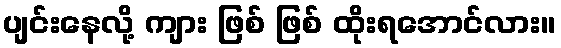
ပျင်းနေလို့ ကျား ဖြစ် ဖြစ် ထိုးရအောင်လား။